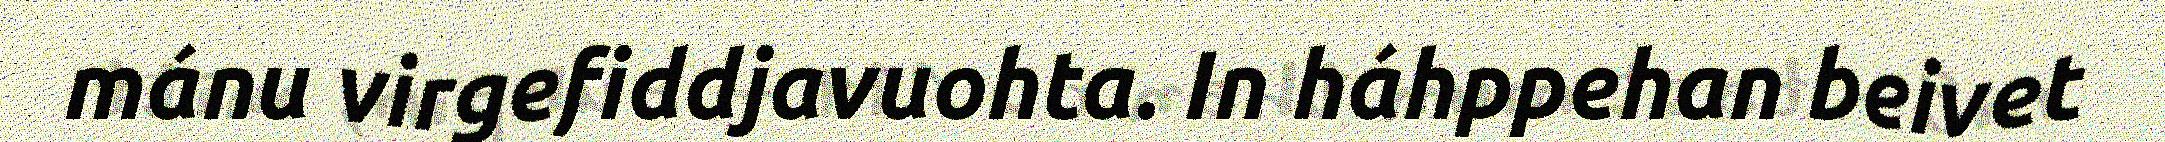
mánu virgefiddjavuohta. In háhppehan beivet